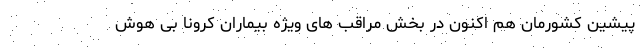
پیشین کشورمان هم اکنون در بخش مراقب های ویژه بیماران کرونا بی هوش